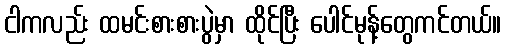
ငါကလည်း ထမင်းစားစားပွဲမှာ ထိုင်ပြီး ပေါင်မုန့်တွေကင်တယ်။